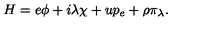
H = e \phi + i \lambda \chi + u p _ { e } + \rho \pi _ { \lambda } .